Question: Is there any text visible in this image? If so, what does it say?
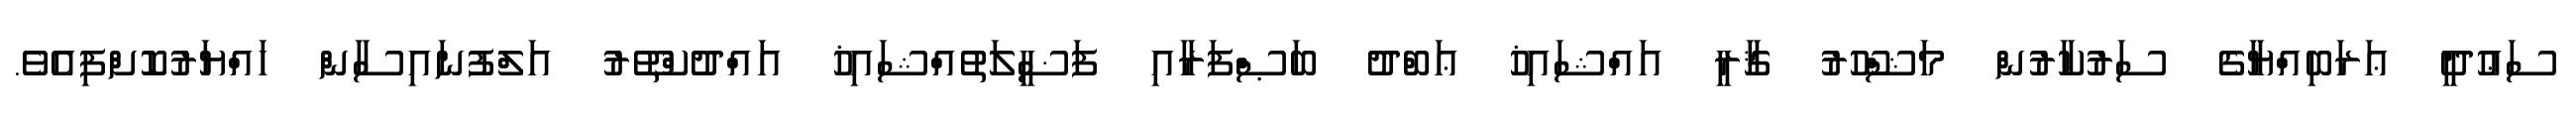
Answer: ސަޢުދީ ޢަރަބިއްޔާގެ ސަރުކާރުން މަޝްހޫރު ޤާރީ އައްޝައިޚު ޢަބްދު ބަޞްފަރާއި ފަޟީލަތުއްޝައިޚު އައްދުކްތޫރު އަލްފުނައިސާން ހައްޔަރުކޮށްފިއެވެ.